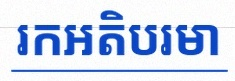
រកអតិបរមា